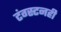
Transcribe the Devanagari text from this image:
टंग्स्टनही